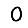
Digit: 0